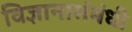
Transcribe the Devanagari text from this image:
विज्ञानासंबंधी